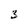
Character: 3